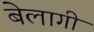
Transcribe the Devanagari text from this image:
बेलागी